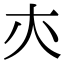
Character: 𡗕